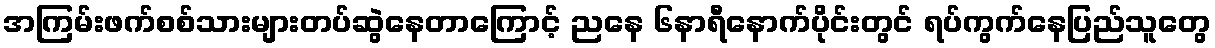
အကြမ်းဖက်စစ်သားများတပ်ဆွဲနေတာကြောင့် ညနေ ၆နာရီနောက်ပိုင်းတွင် ရပ်ကွက်နေပြည်သူတွေ